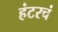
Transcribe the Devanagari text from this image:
हंटरचं